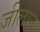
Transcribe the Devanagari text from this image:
जीलान